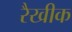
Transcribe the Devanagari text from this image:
रैखीक